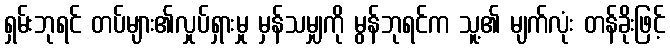
ရှမ်းဘုရင် တပ်များ၏လှုပ်ရှားမှု မှန်သမျှကို မွန်ဘုရင်က သူ့၏ မျက်လုံး တန်ခိုးဖြင့်